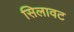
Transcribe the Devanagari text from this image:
सिलावट